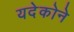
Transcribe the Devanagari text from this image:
यदेकोने